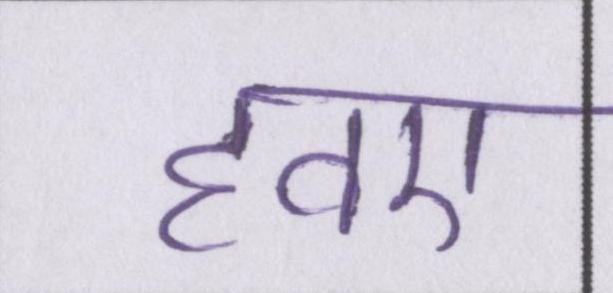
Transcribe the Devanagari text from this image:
हवए